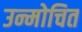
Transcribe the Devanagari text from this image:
उन्मोचित